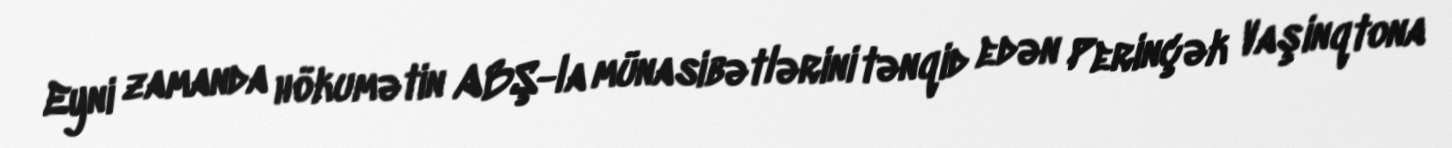
Eyni zamanda hökumətin ABŞ-la münasibətlərini tənqid edən Perinçək Vaşinqtona